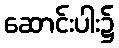
ဆောင်းပါး၌